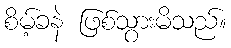
စိမ့်ခနဲ ဖြစ်သွားမိသည်။